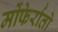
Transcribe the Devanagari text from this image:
मोंफेर्रातो